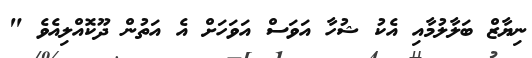
ނިޔާޒް ބަލާލުމާއި އެކު ޝުހާ އަވަސް އަވަހަށް އެ އަތުން ދޫކޮއްލިއެވެ "